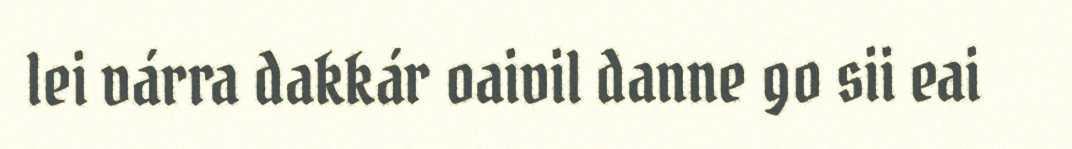
lei várra dakkár oaivil danne go sii eai